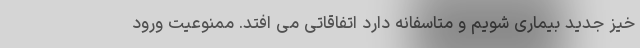
خیز جدید بیماری شویم و متاسفانه دارد اتفاقاتی می افتد. ممنوعیت ورود